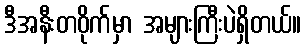
ဒီအနီးတဝိုက်မှာ အများကြီးပဲရှိတယ်။